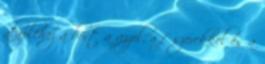
alapléhez a bort a vízzel, a fűszerekkel és a